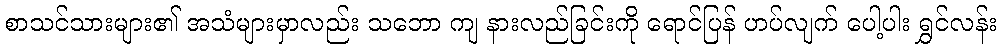
စာသင်သားများ၏ အသံများမှာလည်း သဘော ကျ နားလည်ခြင်းကို ရောင်ပြန် ဟပ်လျက် ပေါ့ပါး ရွှင်လန်း